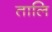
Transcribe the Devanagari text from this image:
तालि